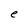
Character: e